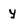
Character: y